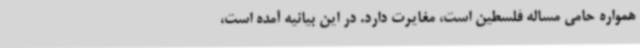
همواره حامی مساله فلسطین است، مغایرت دارد. در این بیانیه آمده است،